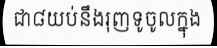
ជា៨យប់នឹងរុញទូចូលក្នុង